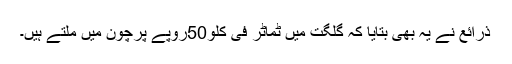
ذرائع نے یہ بھی بتایا کہ گلگت میں ٹماٹر فی کلو50روپے پرچون میں ملتے ہیں۔